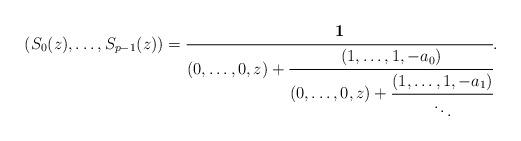
LaTeX: \begin{align*}(S_{0}(z),\ldots,S_{p-1}(z))=\cfrac{\mathbf{1}}{(0,\ldots,0,z)+\cfrac{(1,\ldots,1,-a_{0})}{(0,\ldots,0,z)+\cfrac{(1,\ldots,1,-a_{1})}{\ddots}}}.\end{align*}